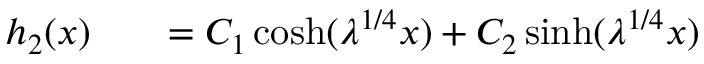
\begin{array} { r l r } { h _ { 2 } ( x ) } & { { } } & { = C _ { 1 } \cosh ( \lambda ^ { 1 / 4 } x ) + C _ { 2 } \sinh ( \lambda ^ { 1 / 4 } x ) } \end{array}